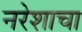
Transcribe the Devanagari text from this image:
नरेशाचा